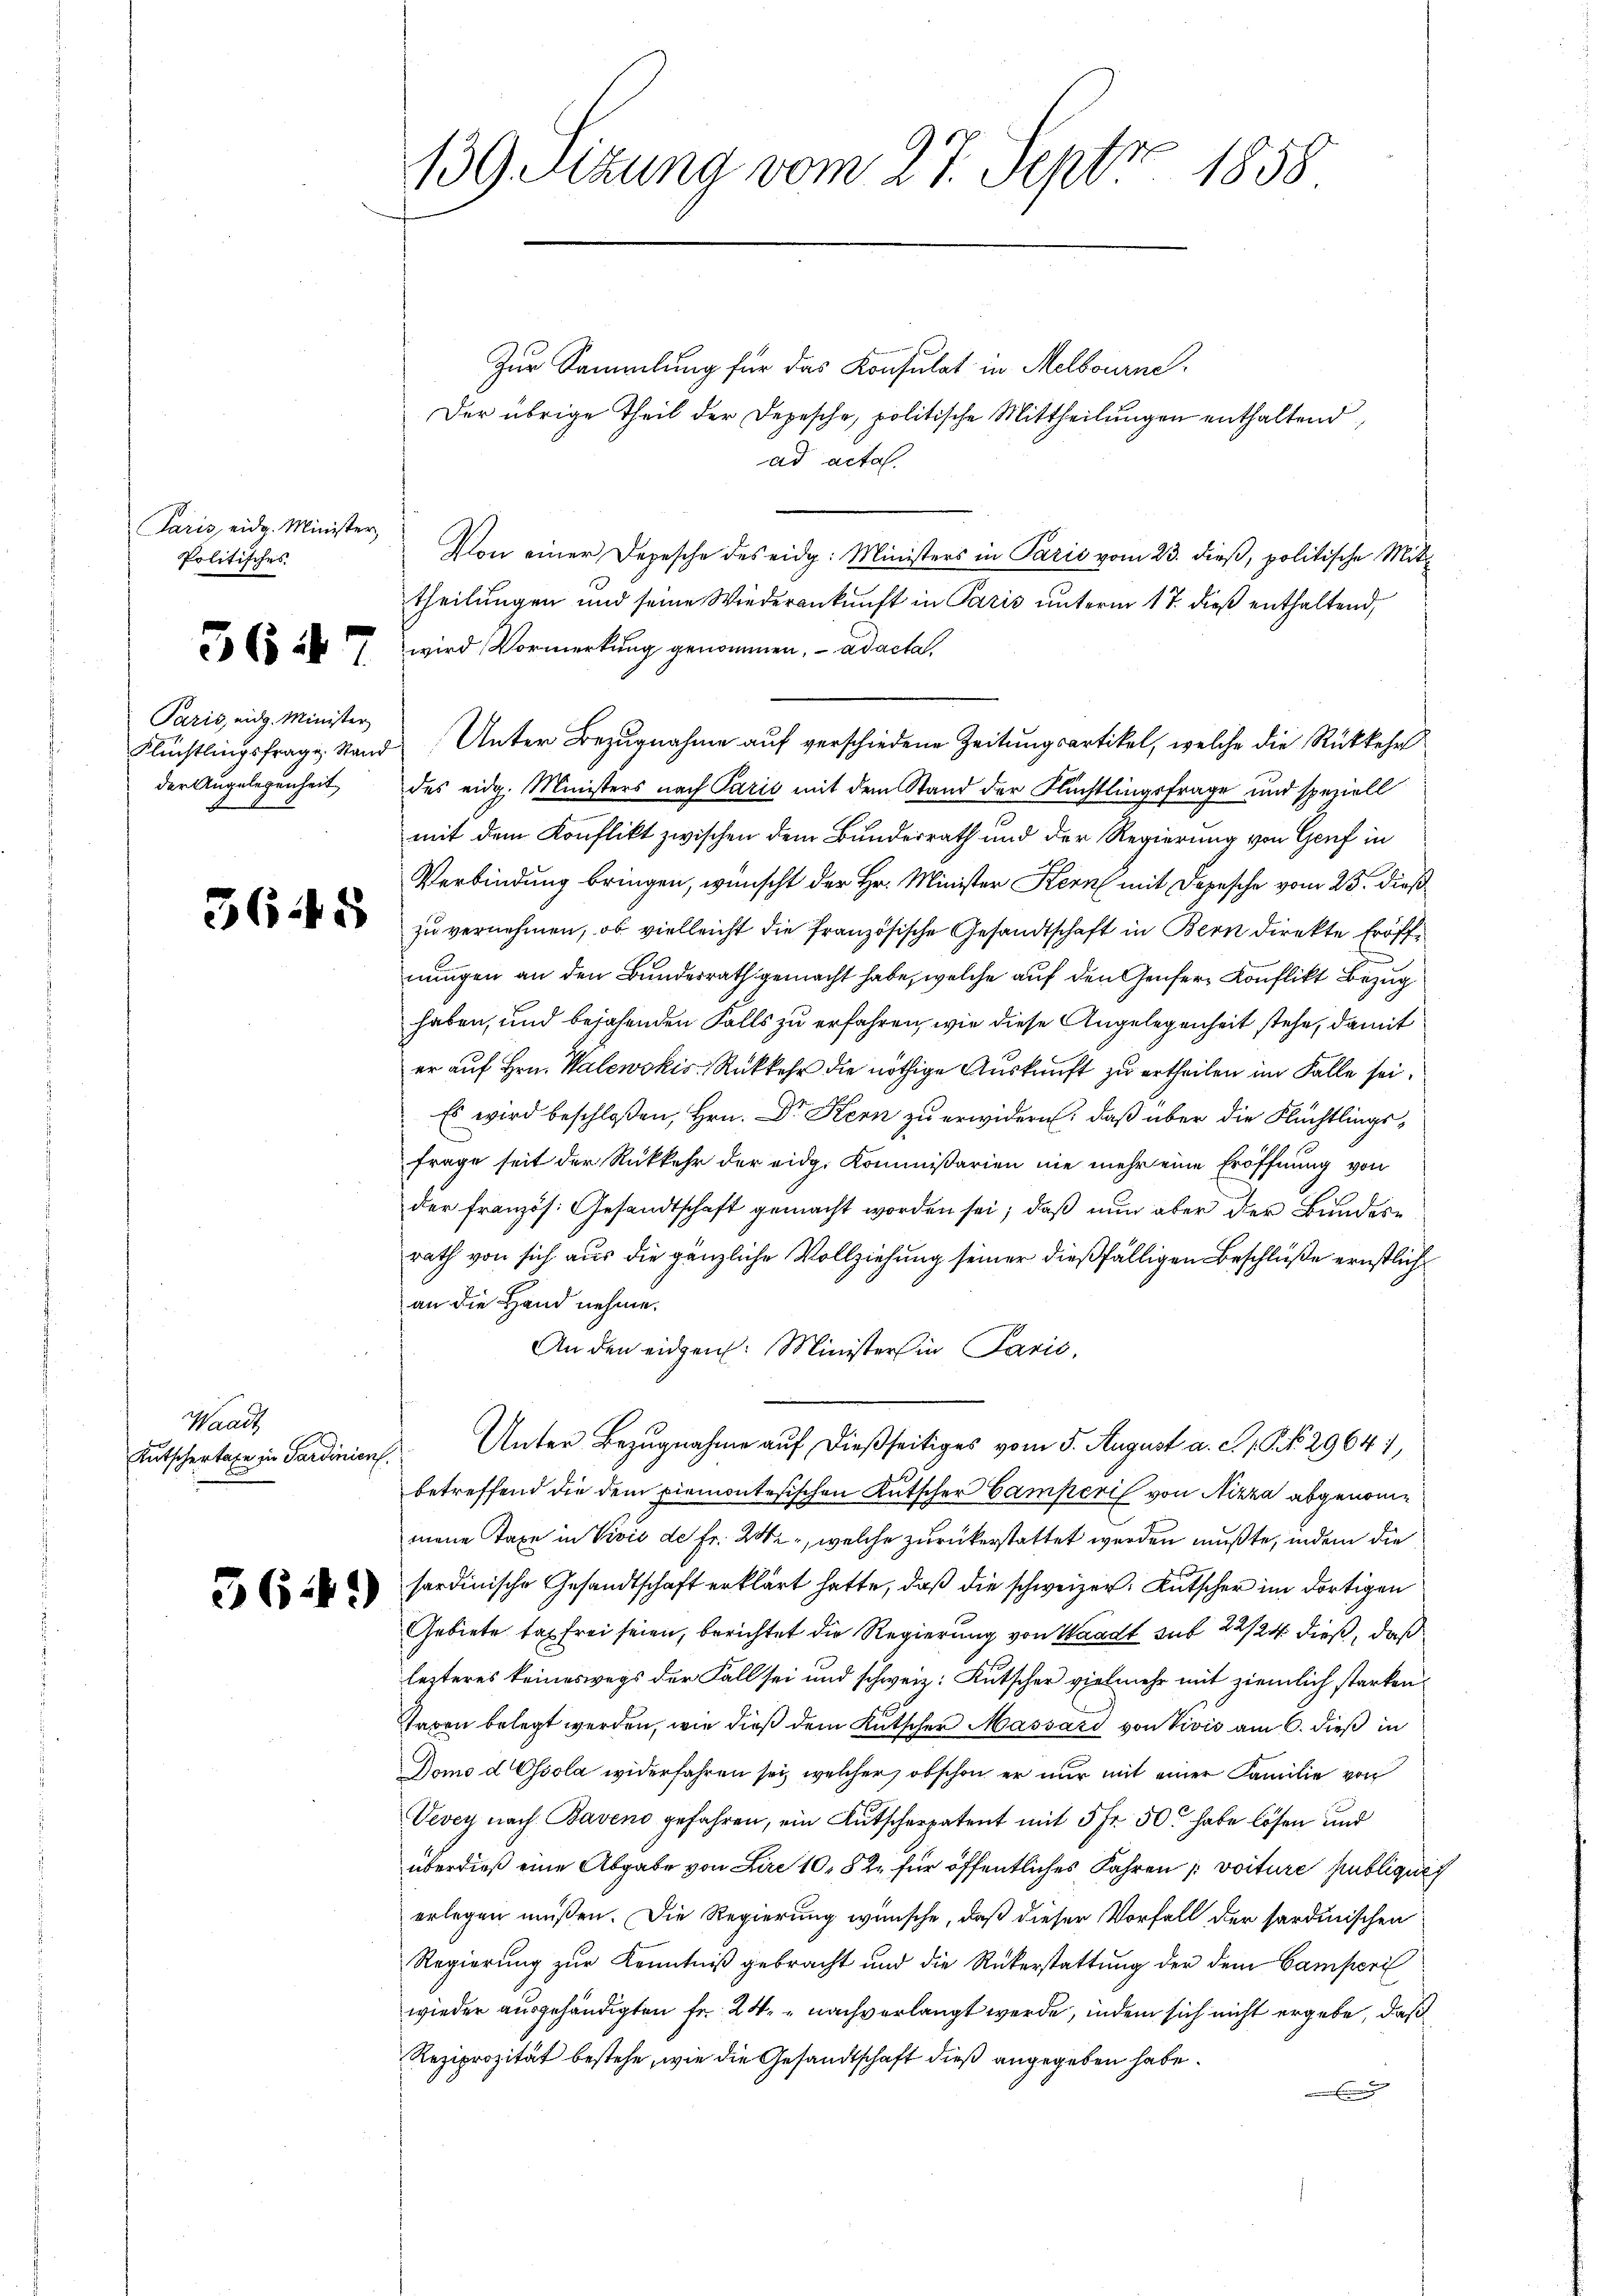
Paris, eidg. Minister
Politisches

5647

Paris, eidg. Minister
der Angelegenheit,

3645

Waadt
Kutschertage in Sardinien,

3641)

Z10
139 Sitzung vom 21. Sept 1858

Zur Sammlung für das Konsulat in Melbourne.
Der übrige Theil der Depesche, politische Mittheilungen enthaltend,
ad acta
Von einer Depesche des eidg. Ministers in Paris vom 23. dieß, politische Mittheilungen und seine Wiederankunft in Paris unterm 17. dieß enthaltend,
wird Vormerkung genommen, ad acta,
Flüchtlingsfrage Stand Unter Bezugnahme auf verschiedene Zeitungsartikel, welche die Rückkehr
des eidg. Ministers nach Paris mit dem Stand der Nüchtlingsfrage und speziell
mit dem Konflikt zwischen dem Bundesrath und der Regierung von Genf in
Verbindung bringen, wünscht der Hr. Minister Kern mit Depesche vom 25. dieß
zu vernehmen, ob vielleicht die französische Gesandtschaft in Bern direkte Eröffnungen an den Bundesrath gemacht habe, welche auf den Genfer Konflikt Bezug
haben, und bejahenden Falls zu erfahren, wie diese Angelegenheit stehe, damit
er auf Hrn. Walewskis Rückkehr die nöthige Auskunft zu ertheilen im Falle sei¬
Es wird beschloßen, Hrn. Dr. Kern zu erwidern: daß über die Flüchtlingsfrage seit der Rückkehr der eidg. Kommißarien nie mehr eine Eröffnung von
der französ. Gesandtschaft gemacht worden sei; daß nun aber der Bundesrath von sich aus die gänzliche Vollziehung seiner dießfälligen Beschluße ernstlich
an die Hand nehme.
An den eidgen. Ministers in Paris,
Unter Bezugnahme auf dießseitiges vom 5. August a. c. s. S. 29641,
h
betreffend die dem Piemontesischen Kutscher Camperil von Nizza abgenommene Taxe in Visis de fr. 2, welche zurückerstattet werden mußte, indem die
sardinische Gesandtschaft erklärt hatte, daß die schweizer Kutscher im dortigen
Gebiete tag frei seien, berichtet die Regierung von Waadt sub 22/24 dieß, daß
lezteres keineswegs der Fall sei und schweiz. Kutscher vielmehr mit ziemlich starken,
Taren belegt werden, wie dieß dem Kutscher Massard von Vivis am 6. dieß in
Domo d Ossola widerfahren sei, welcher, obschon er nur mit einer Familie von
Vevey nach Baveno gefahren, ein Gutscherpatent mit 5 fr. 50 habe lösen und
überdieß eine Abgabe von Lire 10, 82 für öffentliches Jahren / voiture publiqui
erlegen müßen. Die Regierung wünsche, daß dieser Vorfall der sardinischen
Regierung zur Kenntniß gebracht und die Rükerstattung der dem Camperi
wieder ausgehändigten Fr. 24. " nachverlangt werde, indem sich nicht ergebe, daß
Reziprozität bestehe, wie die Gesandtschaft dieß angegeben habe.
Ei